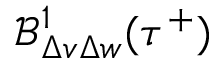
\mathcal { B } _ { \Delta v \Delta w } ^ { 1 } ( \tau ^ { + } )